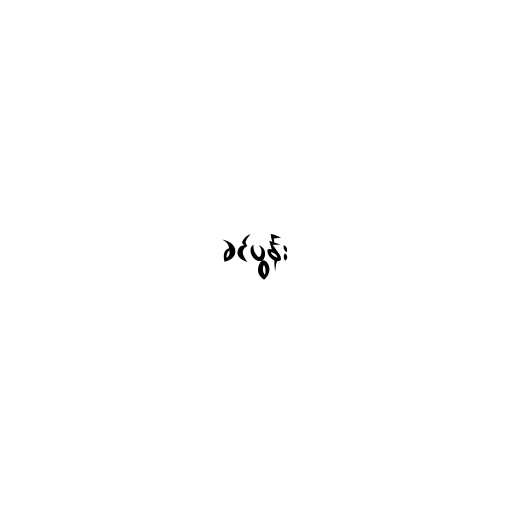
ခင်ပွန်း